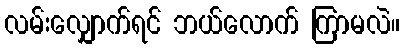
လမ်းလျှောက်ရင် ဘယ်လောက် ကြာမလဲ။